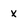
Character: x